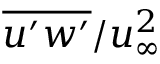
\overline { { u ^ { \prime } w ^ { \prime } } } / u _ { \infty } ^ { 2 }